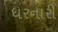
ધરનારી